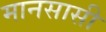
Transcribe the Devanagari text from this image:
मानसासी